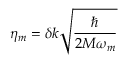
\eta _ { m } = \delta k \sqrt { \frac { \hbar } { 2 M \omega _ { m } } }